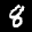
Label: 8